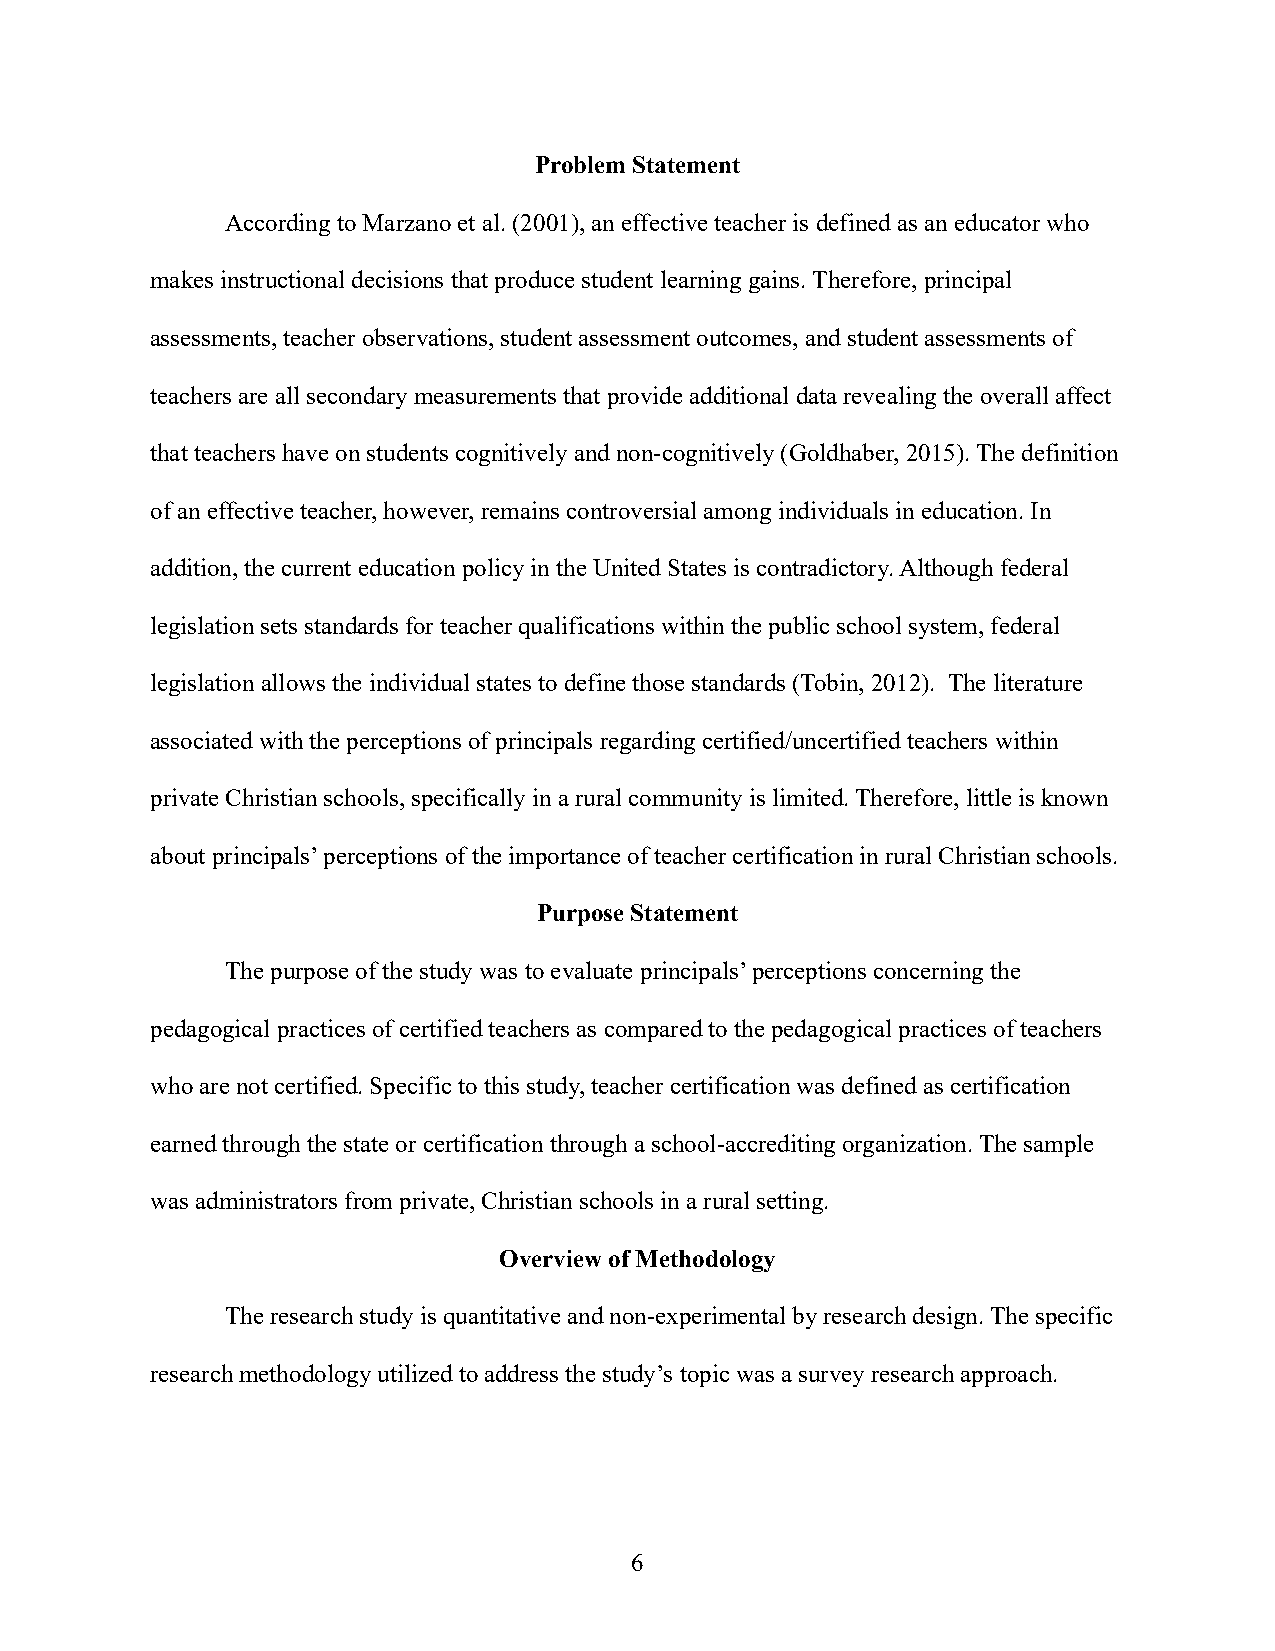
Problem Statement
 According to Marzano et al. (2001), an effective teacher is defined as an educator who
 makes instructional decisions that produce student learning gains. Therefore, principal
 assessments, teacher observations, student assessment outcomes, and student assessments of
 teachers are all secondary measurements that provide additional data revealing the overall affect
 that teachers have on students cognitively and non-cognitively (Goldhaber, 2015). The definition
 of an effective teacher, however, remains controversial among individuals in education. In
 addition, the current education policy in the United States is contradictory. Although federal
 legislation sets standards for teacher qualifications within the public school system, federal
 legislation allows the individual states to define those standards (Tobin, 2012). The literature
 associated with the perceptions of principals regarding certified/uncertified teachers within
 private Christian schools, specifically in a rural community is limited. Therefore, little is known
 about principals’ perceptions of the importance of teacher certification in rural Christian schools.
 Purpose Statement
 The purpose of the study was to evaluate principals’ perceptions concerning the
 pedagogical practices of certified teachers as compared to the pedagogical practices of teachers
 who are not certified. Specific to this study, teacher certification was defined as certification
 earned through the state or certification through a school-accrediting organization. The sample
 was administrators from private, Christian schools in a rural setting.
 Overview of Methodology
 The research study is quantitative and non-experimental by research design. The specific
 research methodology utilized to address the study’s topic was a survey research approach.
 6